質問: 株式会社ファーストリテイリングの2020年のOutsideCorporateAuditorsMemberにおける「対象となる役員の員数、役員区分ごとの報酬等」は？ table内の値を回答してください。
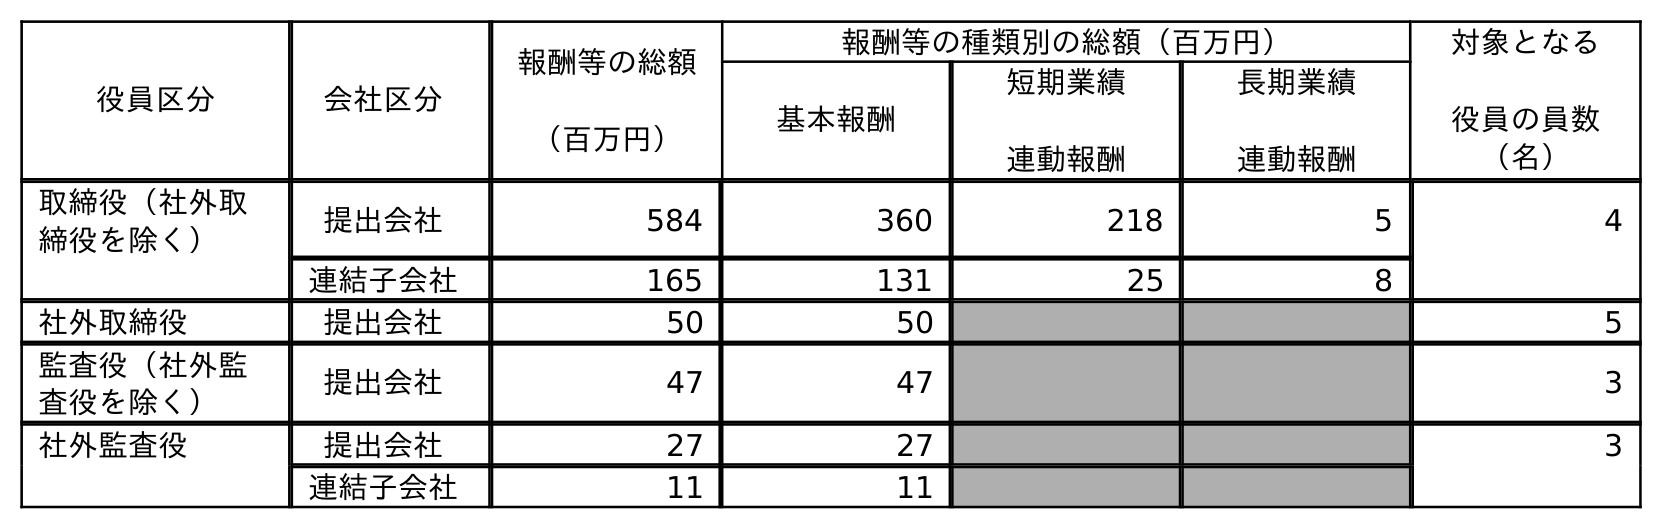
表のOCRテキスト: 役員区分 会社区分 報酬等の総額 （百万円） 報酬等の種類別の総額（百万円） 対象となる 役員の員数 （名） 基本報酬 短期業績 連動報酬 長期業績 連動報酬 取締役（社外取 締役を除く） 提出会社 584 360 218 5 4 連結子会社 165 131 25 8 社外取締役 提出会社 50 50 5 監査役（社外監 査役を除く） 提出会社 47 47 3 社外監査役 提出会社 27 27 3 連結子会社 11 11
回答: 3